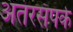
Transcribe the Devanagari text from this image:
अतंरसंपर्क